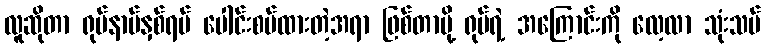
လူဆိုတာ ရုပ်နာမ်နှစ်ရပ် ပေါင်းစပ်ထားတဲ့အရာ ဖြစ်တာမို့ ရုပ်ရဲ့ အကြောင်းကို လေ့လာ သုံးသပ်